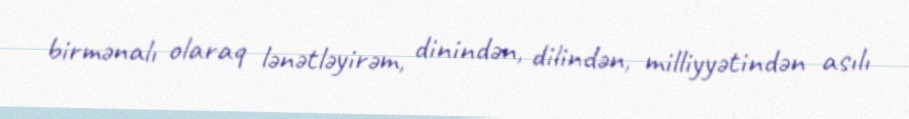
birmənalı olaraq lənətləyirəm, dinindən, dilindən, milliyyətindən asılı